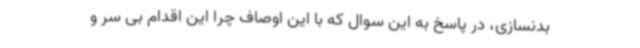
بدنسازی، در پاسخ به این سوال که با این اوصاف چرا این اقدام بی سر و